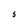
Character: S